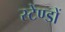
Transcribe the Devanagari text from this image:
स्टेंण्डों